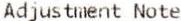
ADJUSTMENT NOTE